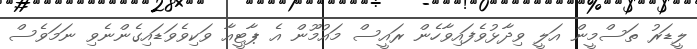
ލީޑަރު ތަސްމީން އަލީ ވިދާޅުވެފައިވާހެން ރައީސް މައުމޫން އެ ޕާޓީއާ ވަކިވެވަޑައިގެންނެވި ނަމަވެސް